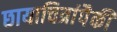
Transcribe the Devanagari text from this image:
छायाचित्रांपैकी